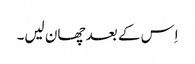
اِس کے بعد چھان لیں۔